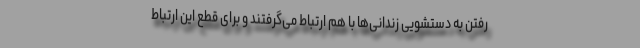
رفتن به دستشویی زندانی‌ها با هم ارتباط می‌گرفتند و برای قطع این ارتباط